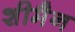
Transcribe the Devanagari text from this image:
शीमैन